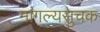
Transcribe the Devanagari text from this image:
मांगल्यसुचक